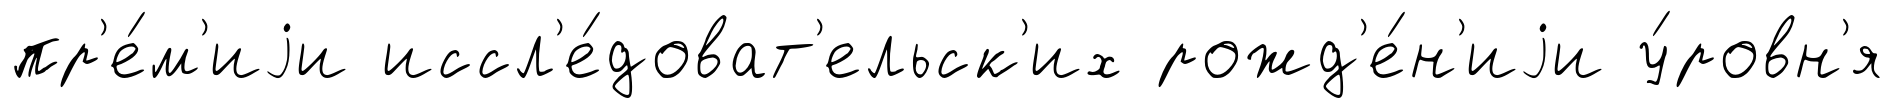
пр'е́м'иjи иссл'е́доват'ельск'их рожд'е́н'иjи у́ровн'я